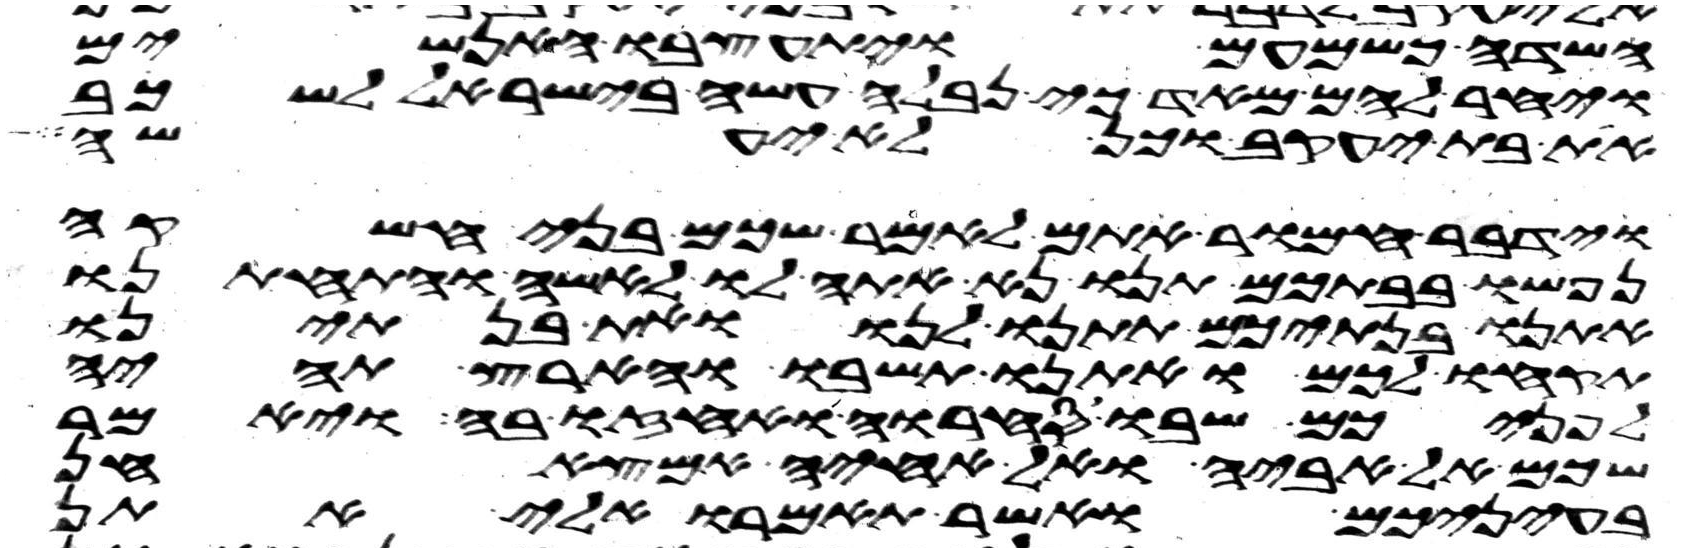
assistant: השדה כשמעם ויתעצבו האנשים
ויחר להם מאד כי נבלה עשה בישראל לשכב
את בת יעקב וכן לא יעשה
וידבר חמור אתם לאמר שכם בני חשקה
נפשו בבתכם תנו נא אתה לו לאשה והתחתנו
אתנו בנתיכם תתנו לנו ואת בנתינו
תקחו לכם ואתנו תשבו והארץ תהיה
לפניכם שבו סחרו ואחזו בה ויאמר
שכם אל אביה ואל אחיה אמצא חן
בעיניכם ואשר תאמרו אלי אתן